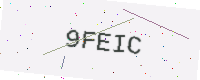
Text: 9FEIC